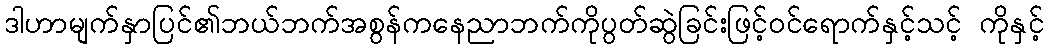
ဒါဟာမျက်နှာပြင်၏ဘယ်ဘက်အစွန်ကနေညာဘက်ကိုပွတ်ဆွဲခြင်းဖြင့်ဝင်ရောက်နှင့်သင့် ကိုနှင့်